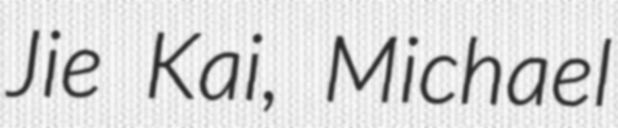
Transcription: Jie Kai, Michael